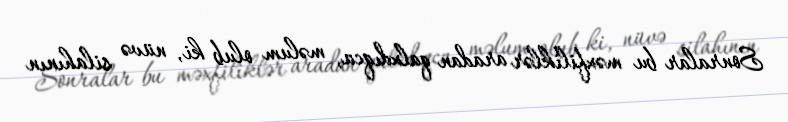
Sonralar bu məxfiliklər aradan qalxdıqca, məlum olub ki, nüvə silahının